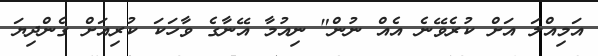
އަމިއްލަ އަށް ކުރެވޭނެ އެއް ނުން" ނިއުމާ އޭނާގެ ވާހަކަ ކުރިއަށް ގެންދިޔަ